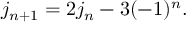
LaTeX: j _ { n + 1 } = 2 j _ { n } - 3 ( - 1 ) ^ { n } .